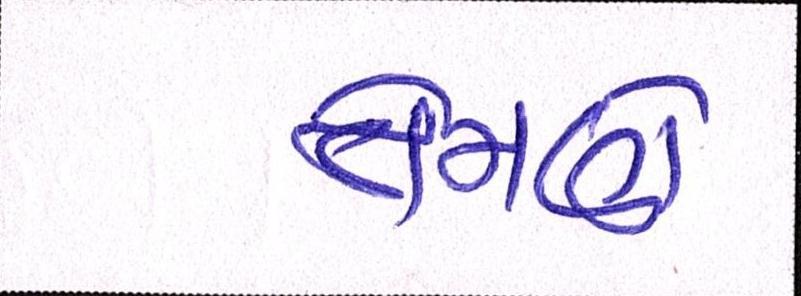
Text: તેમણે